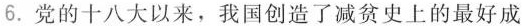
6.党的十八大以来，我国创造了减贫史上的最好成